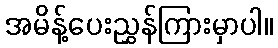
အမိန့်ပေးညွှန်ကြားမှာပါ။